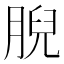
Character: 腉